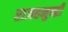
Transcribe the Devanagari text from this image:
राजहमुन्द्री